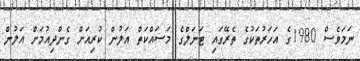
ނަމަވެސް 1980ގެ އަހަރުތަކުގެ ތެރޭގައި ޓަނަލްގެ މަސައްކަތް އަލުން ކުރިއަށް ގެންދިއުމަށް އަލުން